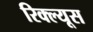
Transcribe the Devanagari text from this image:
रिक्ल्यूस